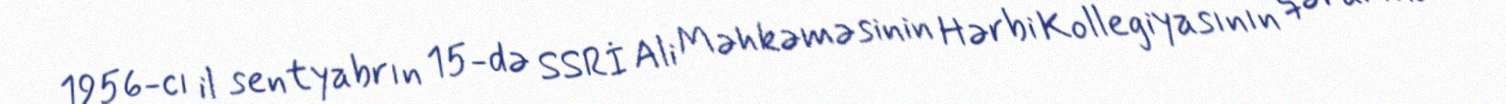
1956-cı il sentyabrın 15-də SSRİ Ali Məhkəməsinin Hərbi Kollegiyasının qərarına